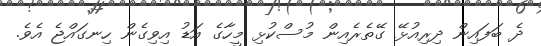
ދެ ބަފައިން ދިރިއުޅޭ ގޭތެރެއިން މުސްކުޅި މީހާގެ އަޑު އިވިގެން ހިނގައްޖެ އެވެ.